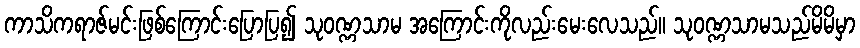
ကာသိကရာဇ်မင်းဖြစ်ကြောင်းပြောပြ၍ သုဝဏ္ဏသာမ အကြောင်းကိုလည်းမေးလေသည်။ သုဝဏ္ဏသာမသည်မိမိမှာ